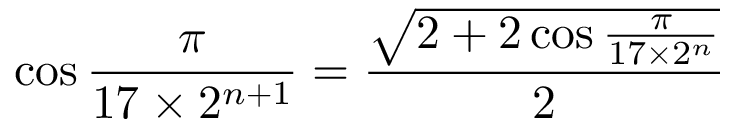
\cos { \frac { \pi } { 1 7 \times 2 ^ { n + 1 } } } = { \frac { \sqrt { 2 + 2 \cos { \frac { \pi } { 1 7 \times 2 ^ { n } } } } } { 2 } }